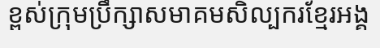
ខ្ពស់ក្រុមប្រឹក្សាសមាគមសិល្បករខ្មែរអង្គ